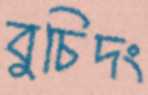
বুচিদং